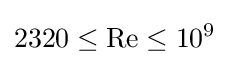
2320\leq {\mathrm {Re} }\leq 10^{9}